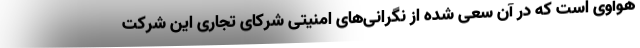
هوآوی است که در آن سعی شده از نگرانی‌های امنیتی شرکای تجاری این شرکت